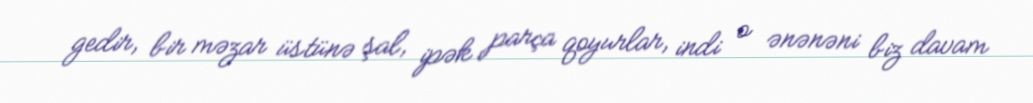
gedir, bir məzar üstünə şal, ipək parça qoyurlar, indi o ənənəni biz davam